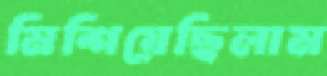
মিশিয়েছিলাম